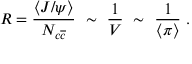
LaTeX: R = \frac { \langle J / \psi \rangle } { N _ { c \overline { { { c } } } } } ~ \sim ~ \frac { 1 } { V } ~ \sim ~ \frac { 1 } { \langle \pi \rangle } ~ .